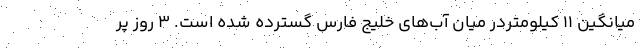
میانگین ۱۱ کیلومتردر میان آب‌های خلیج فارس گسترده شده است. 3 روز پر